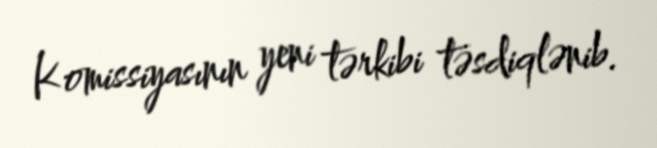
Komissiyasının yeni tərkibi təsdiqlənib.